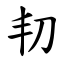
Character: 㓞